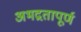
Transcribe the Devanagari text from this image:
अभद्रतापूर्ण